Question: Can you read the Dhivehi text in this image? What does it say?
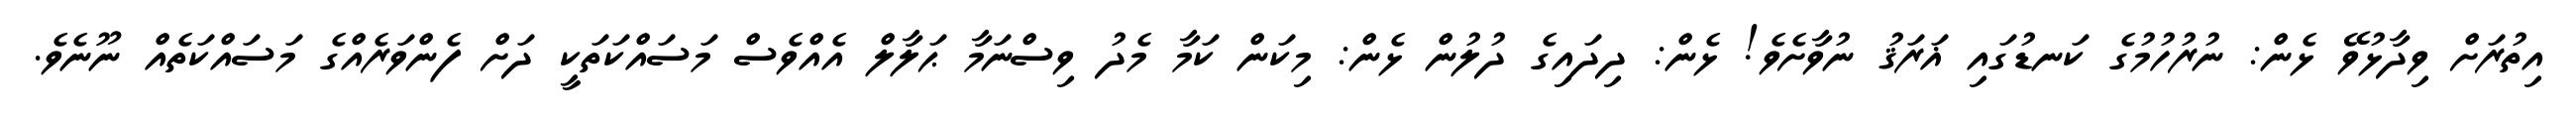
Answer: އިތުރަށް ވިދާޅުވޭ ޅެން: ނުރުހުމުގެ ކަނޑުގައި ޣަރަޤު ނުވާށެވެ! ޅެން: ދިދައިގެ ދުލުން ޅެން: މިކަން ކަމާ މެދު ވިސްނަމާ ޙަލާލް އެއްވެސް މަސައްކަތަކީ ދަށް ފެންވަރެއްގެ މަސައްކަތެއް ނޫނެވެ.